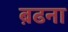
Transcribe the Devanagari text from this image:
ब़ढना